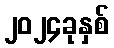
၂၀၂၄ခုနှစ်